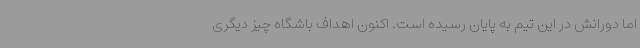
اما دورانش در این تیم به پایان رسیده است. اکنون اهداف باشگاه چیز دیگری